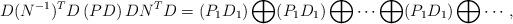
LaTeX: \begin{align*}D(N^{-1})^TD\,(PD)\,DN^TD=(P_1D_1)\bigoplus (P_1D_1)\bigoplus \cdots \bigoplus (P_1D_1)\bigoplus \cdots,\end{align*}